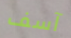
آسف